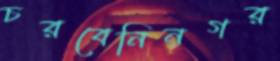
চরবেনিনগর